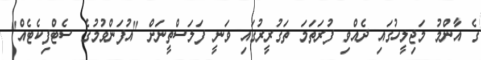
ގެ އާންމު މަޖިލީހުގައި ދެއްވި ފުރަތަމަ ތަގުރީރުގައި ވަނީ ފަލަސްތީނަށް "އުފަންވުމުގެ ސެޓްފިކެޓެއް"